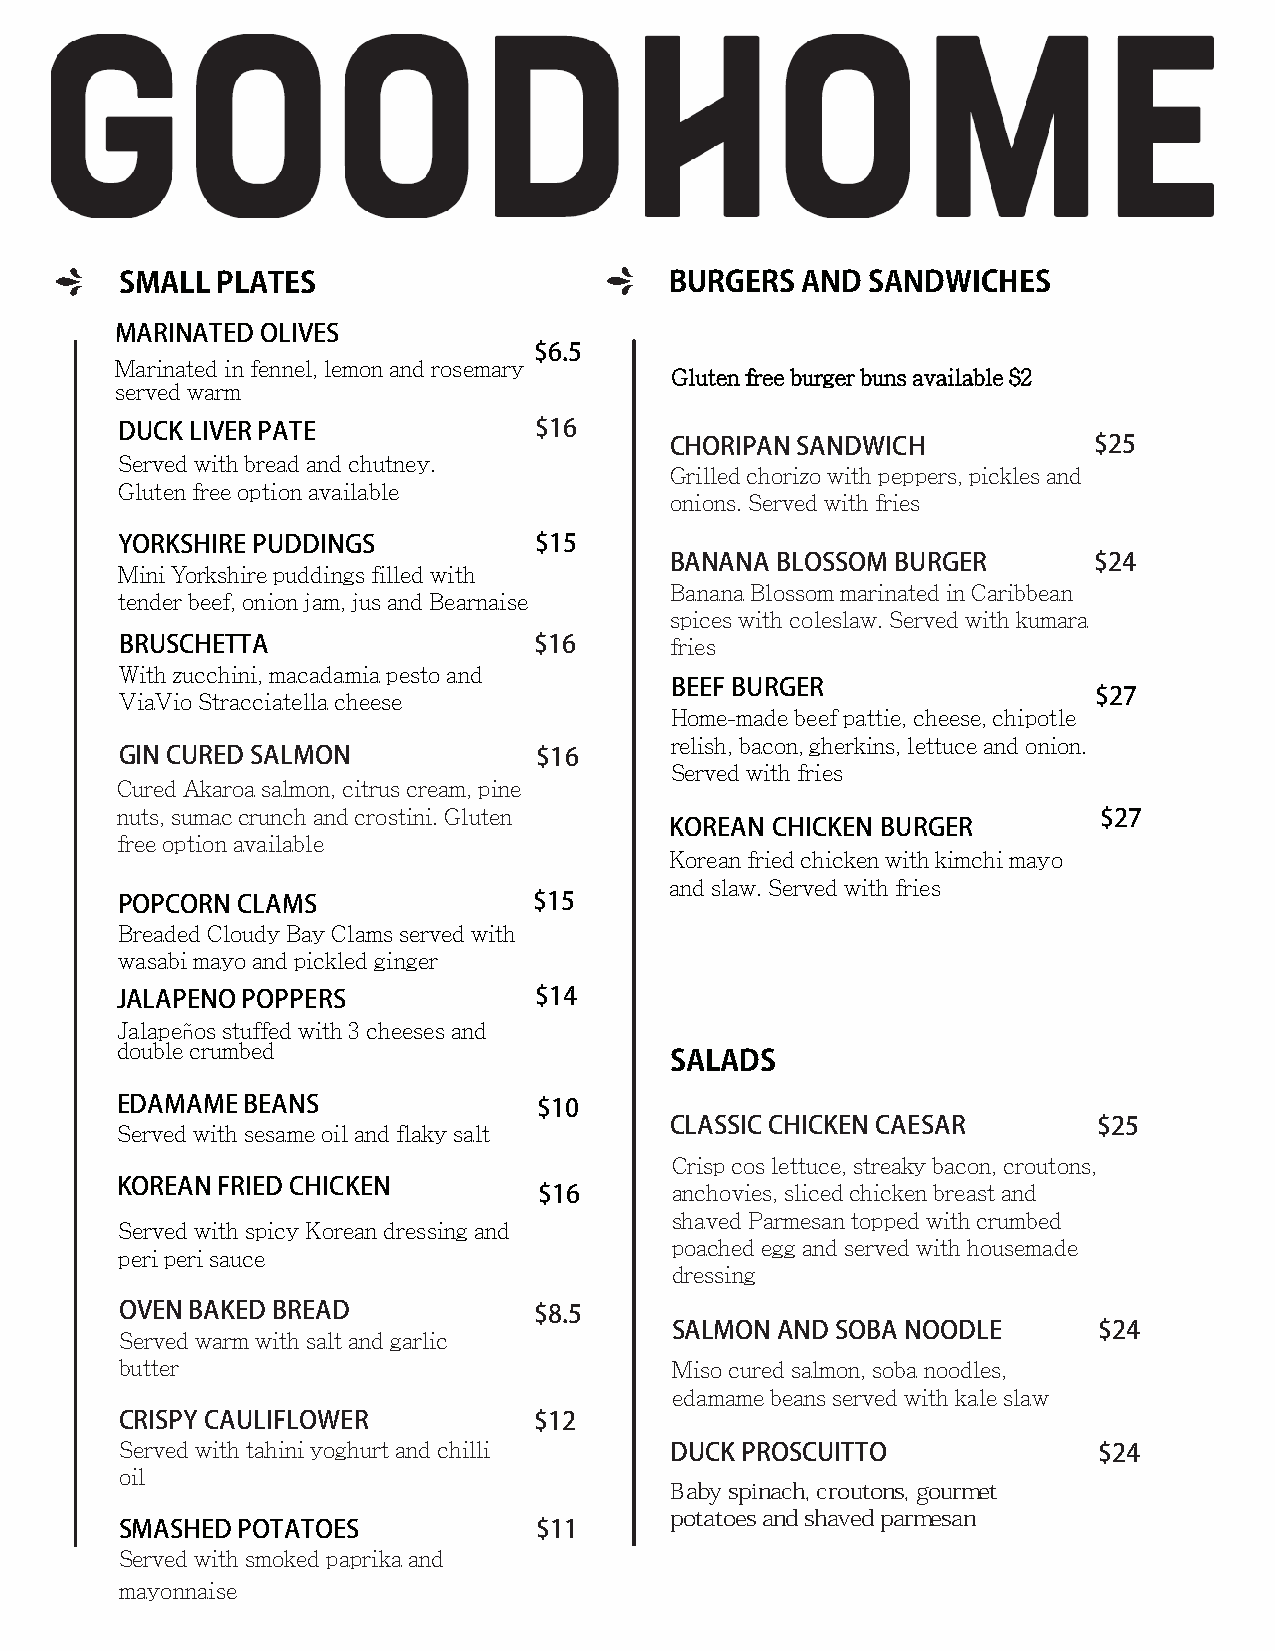
SMALL PLATES                        BURGERS  AND SANDWICHES
 MARINATED OLIVES
 $6.5
 Marinated in fennel, lemon and rosemary
 Gluten free burger buns available $2
 served warm
 DUCK LIVER PATE            $16
 CHORIPAN SANDWICH           $25
 Served with bread and chutney.
 Grilled chorizo with peppers, pickles and
 Gluten free option available
 onions. Served with fries
 YORKSHIRE PUDDINGS         $15
 BANANA BLOSSOM BURGER       $24
 Mini Yorkshire puddings filled with
 Banana Blossom marinated in Caribbean
 tender beef, onion jam, jus and Bearnaise
 spices with coleslaw. Served with kumara
 BRUSCHETTA                 $16      fries
 With zucchini, macadamia pesto and
 BEEF BURGER
 ViaVio Stracciatella cheese                                      $27
 Home-made beef pattie, cheese, chipotle
 relish, bacon, gherkins, lettuce and onion.
 GIN CURED SALMON            $16
 Served with fries
 Cured Akaroa salmon, citrus cream, pine
 nuts, sumac crunch and crostini. Gluten                          $27
 KOREAN CHICKEN BURGER
 free option available
 Korean fried chicken with kimchi mayo
 and slaw. Served with fries
 POPCORN CLAMS              $15
 Breaded Cloudy Bay Clams served with
 wasabi mayo and pickled ginger
 JALAPENO POPPERS           $14
 Jalapeños stuffed with 3 cheeses and
 double crumbed
 SALADS
 EDAMAME BEANS               $10
 Served with sesame oil and flaky salt CLASSIC CHICKEN CAESAR     $25
 Crisp cos lettuce, streaky bacon, croutons,
 KOREAN FRIED CHICKEN        $16     anchovies, sliced chicken breast and
 shaved Parmesan topped with crumbed
 Served with spicy Korean dressing and
 poached egg and served with housemade
 peri peri sauce
 dressing
 OVEN BAKED BREAD           $8.5
 SALMON AND SOBA NOODLE       $24
 Served warm with salt and garlic
 butter                               Miso cured salmon, soba noodles,
 edamame beans served with kale slaw
 CRISPY CAULIFLOWER         $12
 Served with tahini yoghurt and chilli DUCK PROSCUITTO            $24
 oil
 Baby spinach, croutons, gourmet
 potatoes and shaved parmesan
 SMASHED POTATOES           $11
 Served with smoked paprika and
 mayonnaise